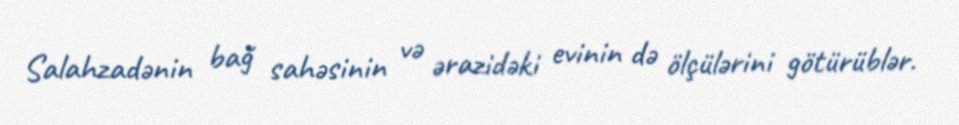
Salahzadənin bağ sahəsinin və ərazidəki evinin də ölçülərini götürüblər.